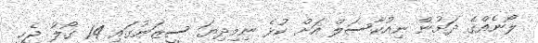
ލޯނެއްގެ ދަށުން ނިއުކާސަލް އަށް ކުޅެ ނިމިދިޔަ ސީޒަނުގައި 14 ގޯލު ޖެހި